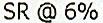
SR @ 6%